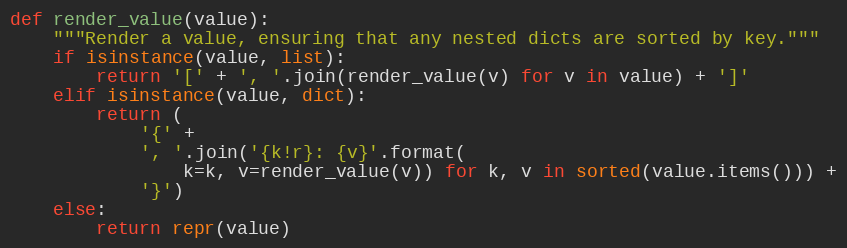
Language: Python
def render_value(value):
    """Render a value, ensuring that any nested dicts are sorted by key."""
    if isinstance(value, list):
        return '[' + ', '.join(render_value(v) for v in value) + ']'
    elif isinstance(value, dict):
        return (
            '{' +
            ', '.join('{k!r}: {v}'.format(
                k=k, v=render_value(v)) for k, v in sorted(value.items())) +
            '}')
    else:
        return repr(value)